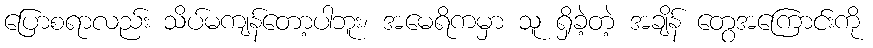
ပြောစရာလည်း သိပ်မကျန်တော့ပါဘူး၊ အမေရိကမှာ သူ ရှိခဲ့တဲ့ အချိန် တွေအကြောင်းကို